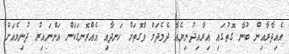
އެއިދާރާއިން ބުނާ ގޮތުގައި އިރާއިދުނިޔެއާ ދެމެދަށް ވާގޮތަށް ހަނދާއި އެއްރޮނގަކަށް އަންނައިރު ދުނިޔެއަށް